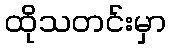
ထိုသတင်းမှာ